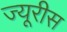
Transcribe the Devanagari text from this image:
ज्यूरीस